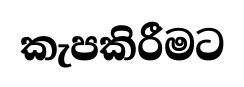
කැපකිරීමට